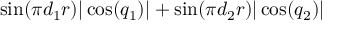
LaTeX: \sin ( { { \pi d _ { 1 } } \o { r } } ) | \cos ( q _ { 1 } ) | + \sin ( { { \pi d _ { 2 } } \o { r } } ) | \cos ( q _ { 2 } ) |